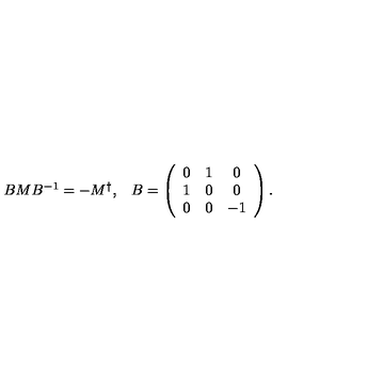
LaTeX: \begin{array} { c c } { B M B ^ { - 1 } = - M ^ { \dagger } , } & { B = \left( \begin{array} { c c c } { 0 } & { 1 } & { 0 } \\ { 1 } & { 0 } & { 0 } \\ { 0 } & { 0 } & { - 1 } \\ \end{array} \right) . } \\ \end{array}